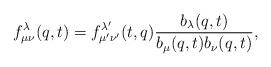
LaTeX: \begin{align*}f^{\lambda}_{\mu\nu}(q,t)=f^{\lambda'}_{\mu'\nu'}(t,q)\frac{b_{\lambda}(q,t)}{b_{\mu}(q,t)b_{\nu}(q,t)},\end{align*}